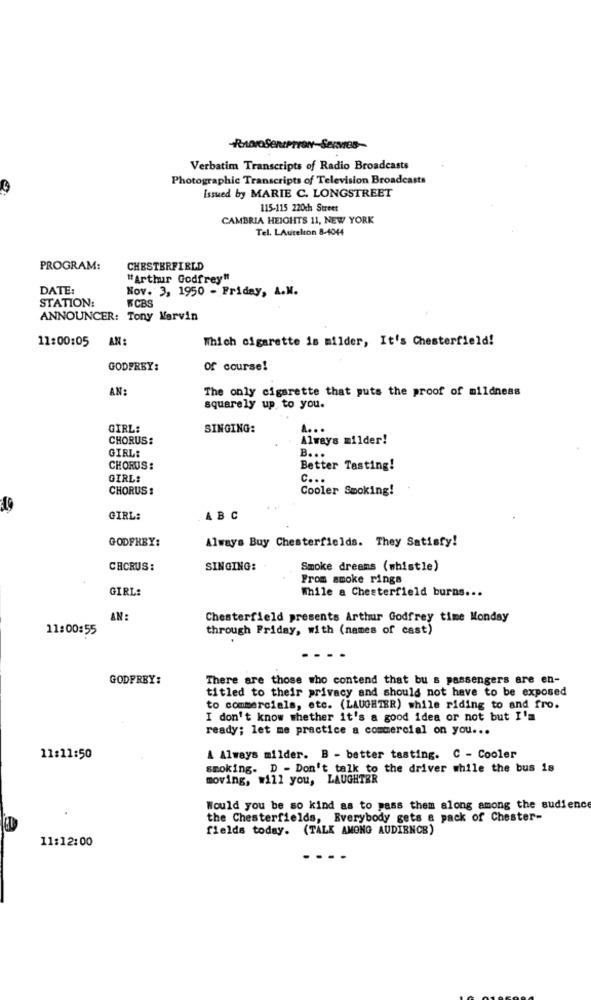
Verbatim Transcripts of Radio Broadcasts
Photographic Transcripts of Television Broadcasts
Issued by MARIE C. LONGSTREET
115-115 220th Street
CAMBRIA HEIGHTS 11, NEW YORK
Tel. LAutelton 8-4044
PROGRAM:
CHESTERFIELD
"Arthur Godfrey"
DATE:
Nov. 3, 1950 - Friday, A.M.
STATION:
WCBS
ANNOUNCER: Tony Marvin
11:00:05 AN:
Which cigarette is milder, It's Chesterfield!
GODFREY:
of course!
AN:
The only cigarette that puts the proof of mildness
squarely up to you.
GIRL:
SINGING:
A. . .
CHORUS:
Always milder!
GIRL:
B ...
CHORUS:
Better Tasting!
GIRL:
c ...
CHORUS:
Cooler Smoking!
GIRL:
ABC
GODFREY:
Always Buy Chesterfields. They Satisfy!
CRCRUS:
SINGING:
Smoke dreams (whistle)
From smoke rings
GIRL:
While a Chesterfield burns ...
AN:
Chesterfield presents Arthur Godfrey time Monday
11:00:55
through Friday, with (names of cast)
GODFREY:
There are those who contend that bu s passengers are en-
titled to their privacy and should not have to be exposed
to commercials, etc. (LAUGHTER) while riding to and fro.
I don't know whether it's a good idea or not but I'm
ready; let me practice a commercial on you ...
11:11:50
A Always milder. B - better tasting. C - Cooler
smoking. D - Don't talk to the driver while the bus is
moving, will you, LAUGHTER
Would you be so kind as to pass them along among the audience
the Chesterfields, Everybody gets a pack of Chester-
fields today. (TALK AMONG AUDIENCE)
11:12:00